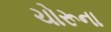
ચોરૂના